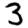
Digit: 3